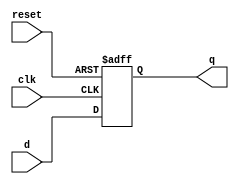
module reset_ff (
  input             clk, reset,
  input      [31:0] d,
  output reg [31:0] q
);

// async active high reset dff

always @(posedge clk or posedge reset)
  if (reset) q <= 32'b0;
  else        q <= d;

endmodule